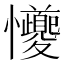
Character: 𪭆